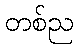
တစ်ည